Vaccination in Burma 1912-1922 - 1912-1922
Year: 1912
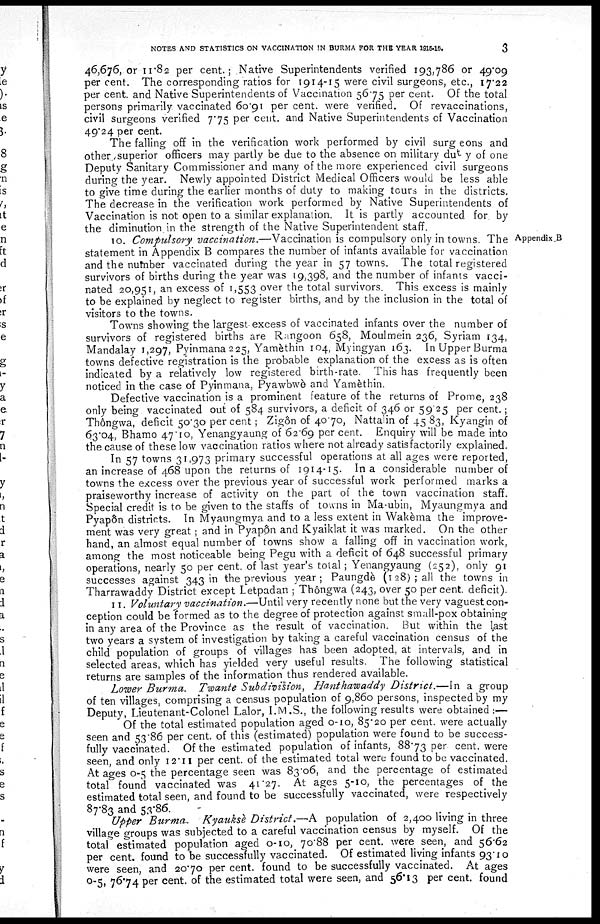
NOTES AND STATISTICS ON VACCINATION IN BURMA FOR THE YEAR 1915-16.
3
46,676, or 11.82 per cent.; Native Superintendents verified 193,786 or 49.09
per cent. The corresponding ratios for 1914-15 were civil surgeons, etc., 17.22
per cent. and Native Superintendents of Vaccination 56.75 per cent. Of the total
persons primarily vaccinated 60.91 per cent. were verified. Of revaccinations,
civil surgeons verified 7.75 per cent. and Native Superintendents of Vaccination
49.24 per cent.
The falling off in the verification work performed by civil surg eons and
other superior officers may partly be due to the absence on military duty of one
Deputy Sanitary Commissioner and many of the more experienced civil surgeons
during the year. Newly appointed District Medical Officers would be less able
to give time during the earlier months of duty to making tours in the districts.
The decrease in the verification work performed by Native Superintendents of
Vaccination is not open to a similar explanation. It is partly accounted for. by
the diminution in the strength of the Native Superintendent staff.
Appendix .B
10. Compulsory vaccination.—Vaccination is compulsory only in towns. The
statement in Appendix B compares the number of infants available for vaccination
and the number vaccinated during the year in 57 towns. The total registered
survivors of births during the year was 19,398, and the number of infants vacci-
nated 20,951, an excess of 1,553 over the total survivors. This excess is mainly
to be explained by neglect to register births, and by the inclusion in the total of
visitors to the towns.
Towns showing the largest excess of vaccinated infants over the number of
survivors of registered births are Rangoon 658, Moulmein 236, Syriam 134,
Mandalay 1,297, Pyinmana 225, Yamèthin 104, Myingyan 163. In Upper Burma
towns defective registration is the probable explanation of the excess as is often
indicated by a relatively low registered birth-rate. This has frequently been
noticed in the case of Pyinmana, Pyawbwè and Yamèthin.
Defective vaccination is a prominent feature of the returns of Prome, 238
only being vaccinated out of 584 survivors, a deficit of 346 or 59.25 per cent.;
Thôngwa, deficit 50.30 per cent; Zigôn of 40.70, Nattalin of 45.83, Kyangin of
63.04, Bhamo 47.10, Yenangyaung of 62.69 per cent. Enquiry will be made into
the cause of these low vaccination ratios where not already satisfactorily explained.
In 57 towns 31,973 primary successful operations at all ages were reported,
an increase of 468 upon the returns of 1914-15. In a considerable number of
towns the excess over the previous year of successful work performed marks a
praiseworthy increase of activity on the part of the town vaccination staff.
Special credit is to be given to the staffs of towns in Ma-ubin, Myaungmya and
Pyapôn districts. In Myaungmya and to a less extent in Wakèma the improve-
ment was very great ; and in Pyapôn and Kyaiklat it was marked. On the other
hand, an almost equal number of towns show a falling off in vaccination work,
among the most noticeable being Pegu with a deficit of 648 successful primary
operations, nearly 50 per cent. of last year's total; Yenangyaung (252), only 91
successes against 343 in the previous year; Paungdè (128); all the towns in
Tharrawaddy District except Letpadan ; Thôngwa (243, over 50 per cent. deficit).
11. Voluntary vaccination.—Until very recently none but the very vaguest con-
ception could be formed as to the degree of protection against small-pox obtaining
in any area of the Province as the result of vaccination. But within the last
two years a system of investigation by taking a careful vaccination census of the
child population of groups of villages has been adopted, at intervals, and in
selected areas, which has yielded very useful results. The following statistical
returns are samples of the information thus rendered available.
Lower Burma. Twante Subdivision, Hanthawaddy District.—In a group
of ten villages, comprising a census population of 9,860 persons, inspected by my
Deputy, Lieutenant-Colonel Lalor, I.M.S., the following results were obtained :—
Of the total estimated population aged 0-10, 85.20 per cent. were actually
seen and 53.86 per cent. of this (estimated) population were found to be success-
fully vaccinated. Of the estimated population of infants, 88.73 per cent. were
seen, and only 12.11 per cent. of the estimated total were found to be vaccinated.
At ages 0-5 the percentage seen was 83.06, and the percentage of estimated
total found vaccinated was 41.27. At ages 5-10, the percentages of the
estimated total seen, and found to be successfully vaccinated, were respectively
87.83 and 53.86.
Upper Burma, Kyauksè District.—A population of 2,400 living in three
village groups was subjected to a careful vaccination census by myself. Of the
total estimated population aged 0-10, 70.88 per cent. were seen, and 56.62
per cent. found to be successfully vaccinated. Of estimated living infants 93.10
were seen, and 20.70 per cent. found to be successfully vaccinated. At ages
0-5, 76.74 per cent. of the estimated total were seen, and 56.13 per cent. found